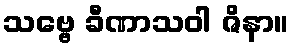
သဗ္ဗေ ခီဏာသဝါ ဇိနာ။